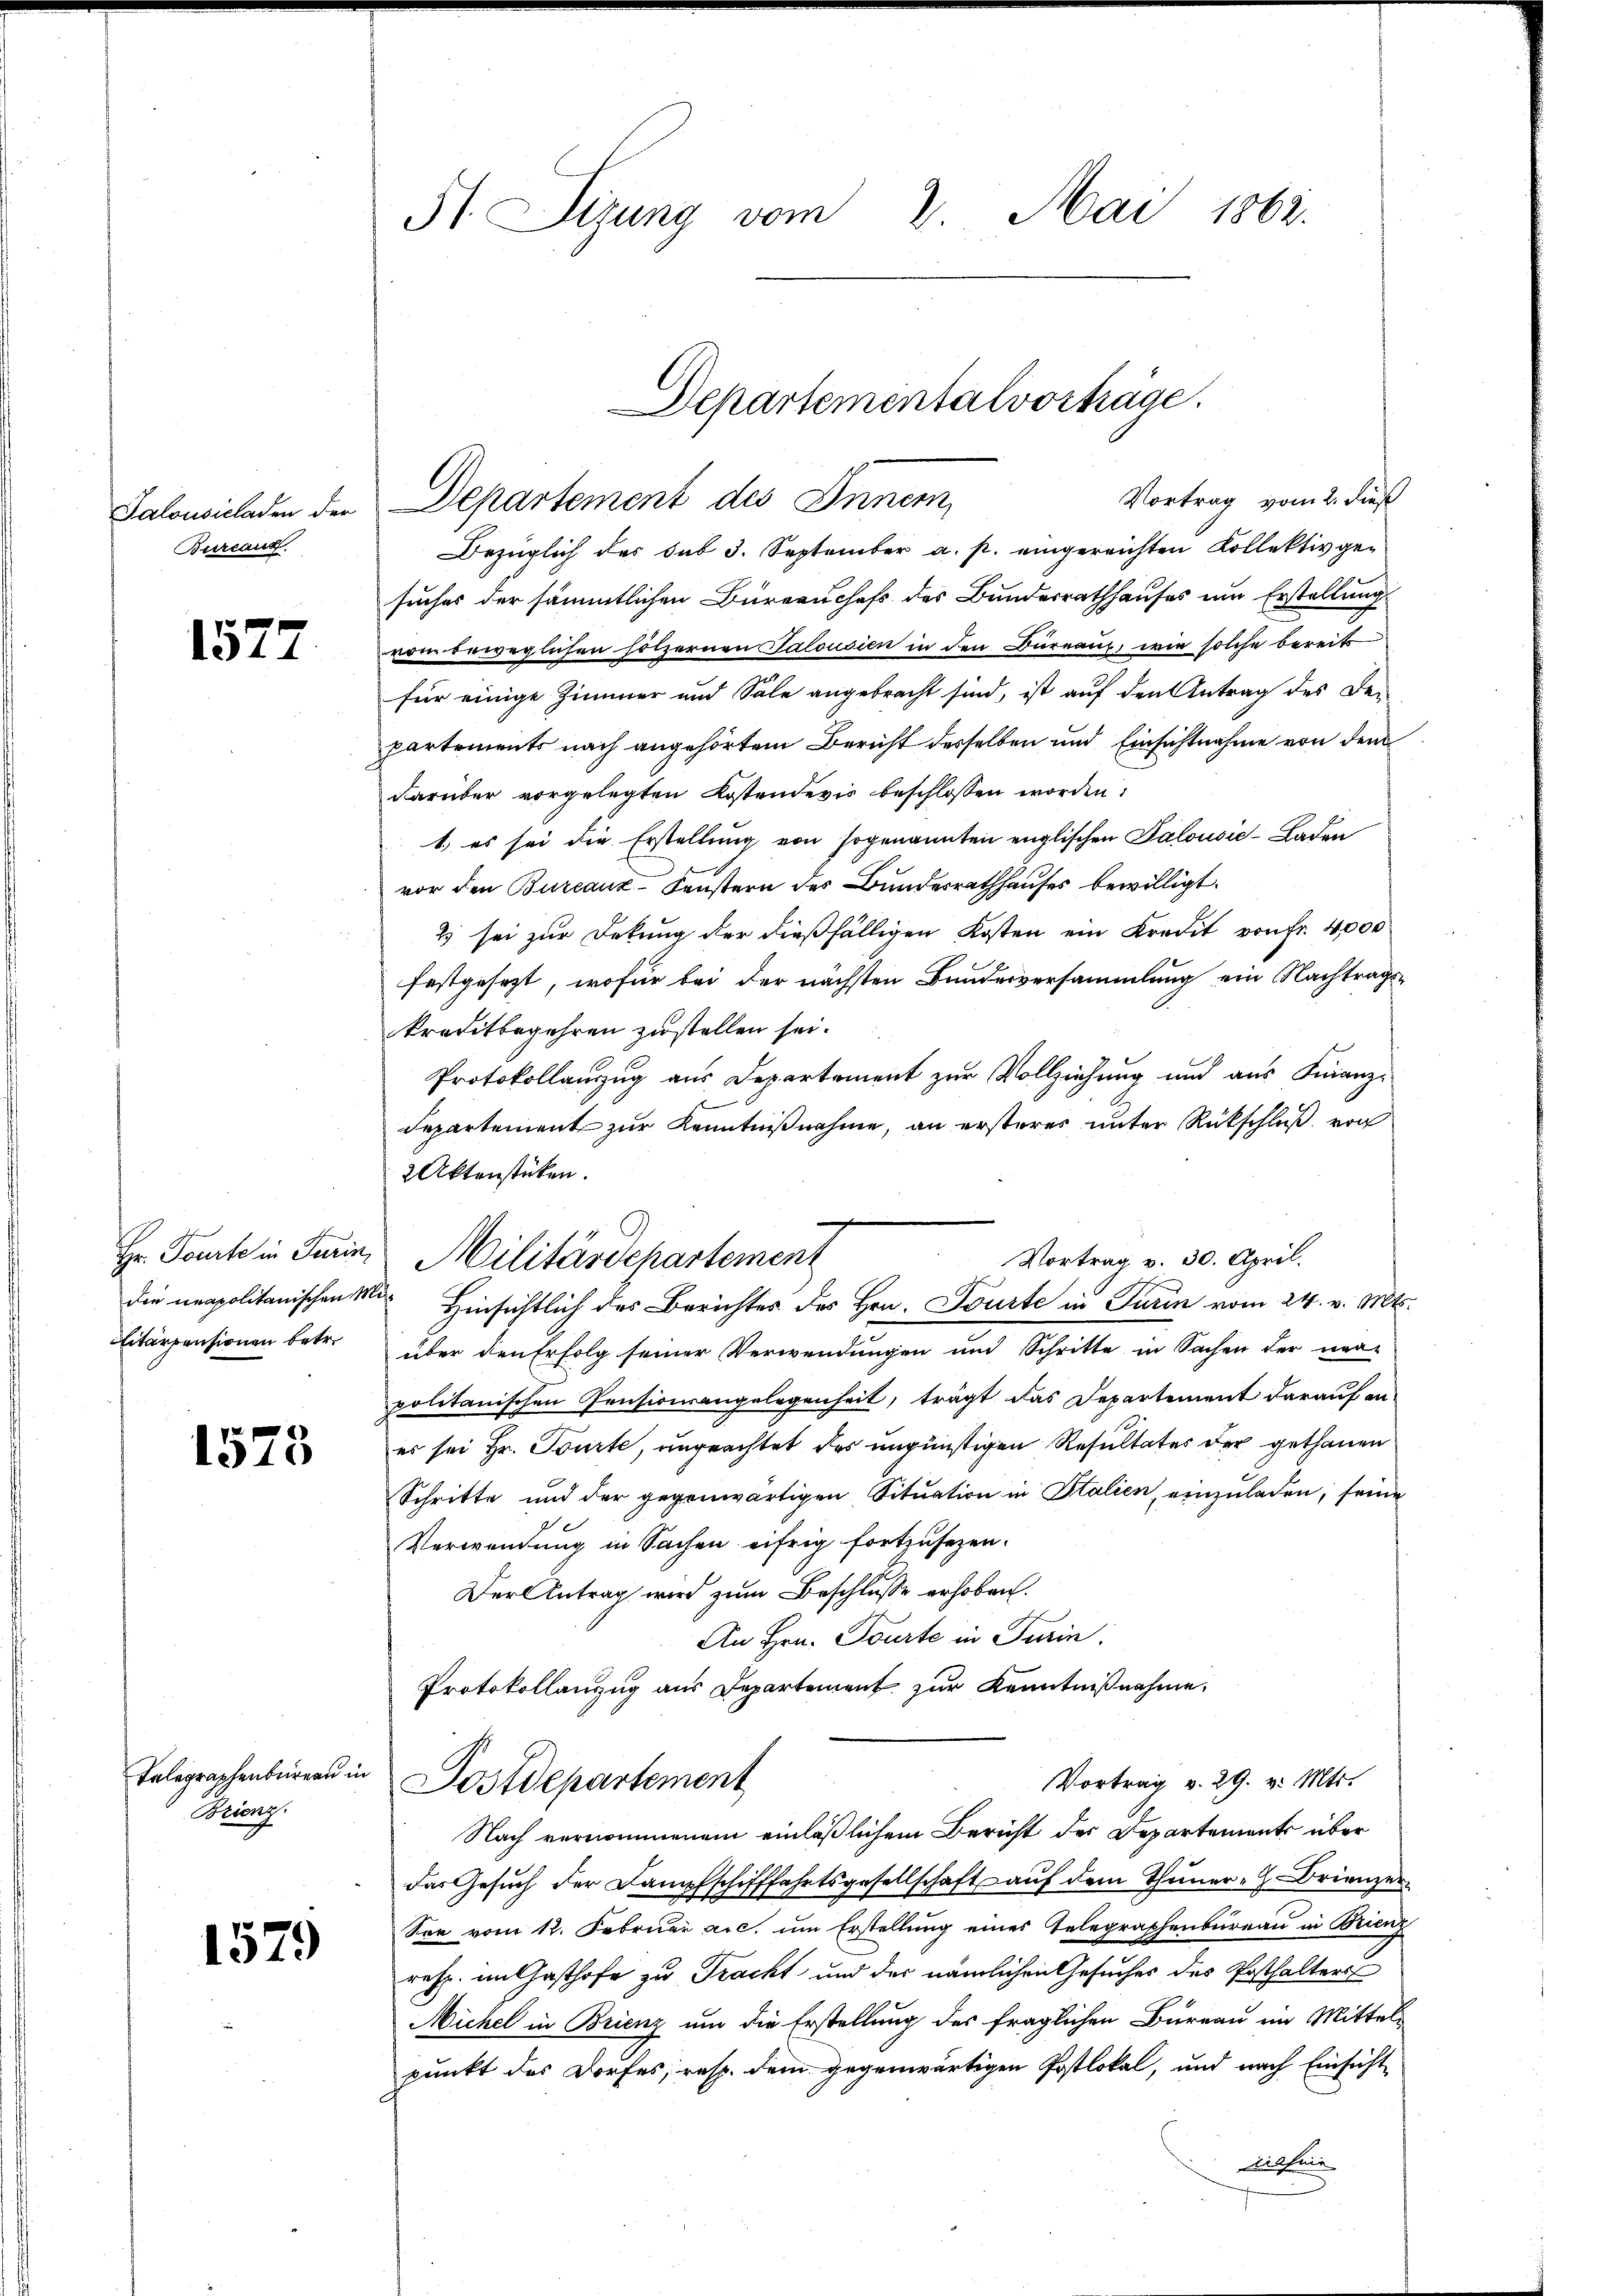
Salousicladen der
Burcauz

1572

Hr. Tourte in Turin,
die neapolitanischen M
Eitärpensionen betr.

1573

Telegraphenbureau in
Brienz

1579

St. Sizung vom 2. Mai 1862.

Vortrag vom 2. dieß
Bezüglich des sub 3. September a. p. eingereichten Kollektiv gesuches der sämmtlichen Büreauchefs des Bundesrathhauses um Erstellung
vom beweglichen hölzernen Salousien in den Büreau, wie solche bereits
für einige Zimmer und Sale angebracht sind, ist auf den Antrag des De-
partements nach angehörtem Bericht desselben und Einsichtnahme von dem
darüber vorgelegten Kostendevis beschlossen worden:
1) es sei die Erstellung von sogenannten englischen Salousic-Laden
vor den Bureauz-Fenstern des Bundesrathhauses bewilligt.
2 sei zur Dekung der dießfälligen Kosten ein Kredit von Fr. 4000
festgesezt, wofür bei der nächsten Bundesversammlung ein Nachtragskreditbegehren zustellen sei.
Protokollauszug aus Departement zur Vollziehung und aus Finanz-
Departement zur Kenntnißnahme, an ersteres unter Rückschluß von
2 Aktenstücken.
über den Erfolg seiner Verwendungen und Schritte in Sachen der na-
politanischen Pensionsangelegenheit, trägt das Departement darauf an.
es sei Hr. Tourte, ungeachtet des ungünstigen Resultates der gethanen
Schritte und der gegenwärtigen Situation in Italien einzuladen, seine
Verwendung in Sachen eifrig fortzusezen.
Der Antrag wird zum Beschlusse erhoben.
An Hrn. Tourte in Turin.
Protokollanzug aus Departement zur Kenntnißnahme.
Vortrag v. 29. v. Mts.
Postdepartement
Nach vernommenem einläßlichem Bericht der Departements über
das Gesŭch der Dampfschifffahrtsgesellschaft auf dem Thuner- Brienzer
Soe vom 12. Februar a.c. um Erstellung eines Telegraphenbureau in Brien
resp. im Gasthofe zu Tracht und der nämlichen Gesuches des Posthalters
Michel in Brienz um die Erstellung des fraglichen Bureau im Mittel-
punkt des Dorfes, resp. dem gegenwärtigen Postlokal, und nach Einsicht
ithei

Departement des Inner

Departementalvorträge.

Vortrag v. 30. April.
Militärdepartement
 Hinsichtlich des Berichtes des Hrn. Tourte in Turin vom 24. v. Mts.